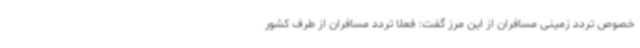
خصوص تردد زمینی مسافران از این مرز گفت: فعلا تردد مسافران از طرف کشور